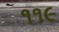
૧૧૯